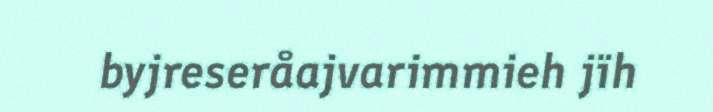
byjreseråajvarimmieh jïh